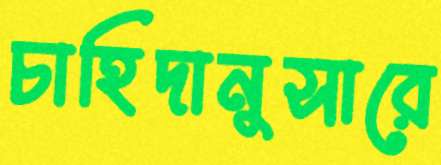
চাহিদানুসারে